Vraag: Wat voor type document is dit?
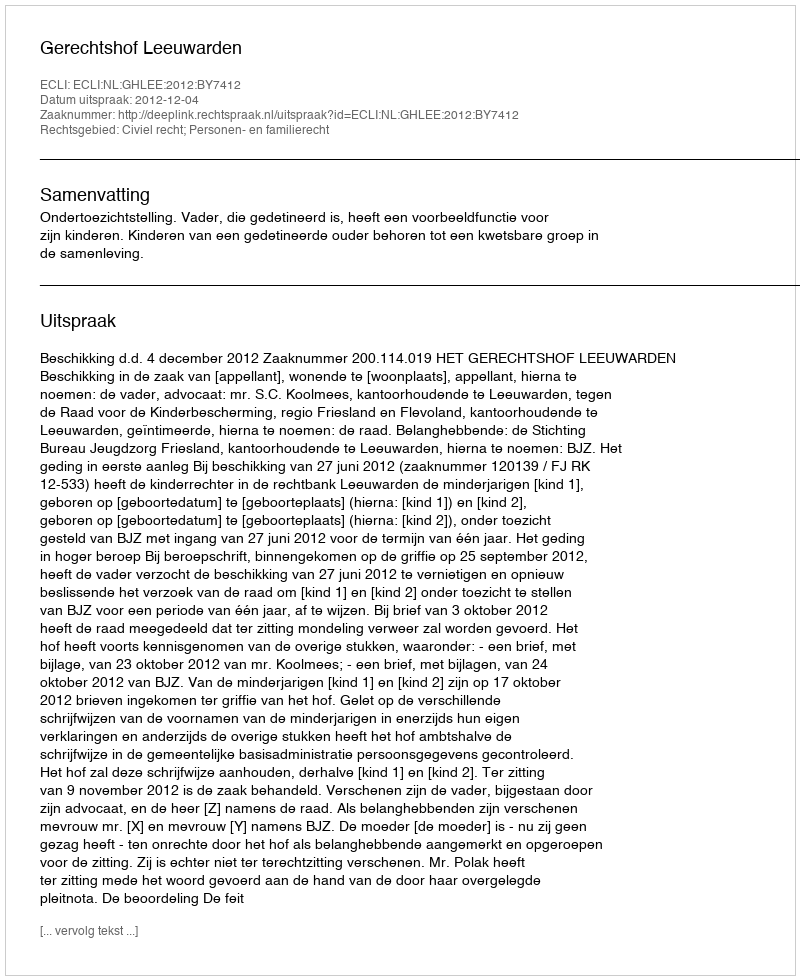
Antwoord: Uitspraak